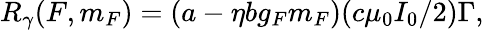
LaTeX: R_{\gamma}(F,m_{F})=(a-\eta bg_{F}m_{F})(c\mu_{0}I_{0}/2)\Gamma,